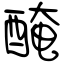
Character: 醃